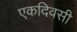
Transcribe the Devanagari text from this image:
एकदिवसी